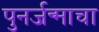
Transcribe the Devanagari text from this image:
पुनर्जन्माचा